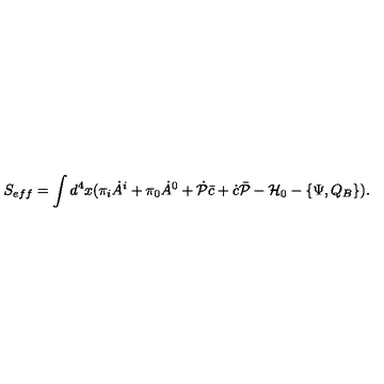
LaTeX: S _ { e f f } = \int d ^ { 4 } x ( \pi _ { i } \dot { A } ^ { i } + \pi _ { 0 } \dot { A } ^ { 0 } + \dot { \cal P } \bar { c } + \dot { c } \bar { \cal P } - { \cal H } _ { 0 } - \{ \Psi , Q _ { B } \} ) .